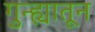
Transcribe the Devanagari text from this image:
गुन्ह्यातून